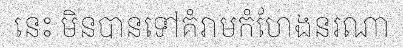
នេះ មិនបានទៅគំរាមកំហែងនរណា